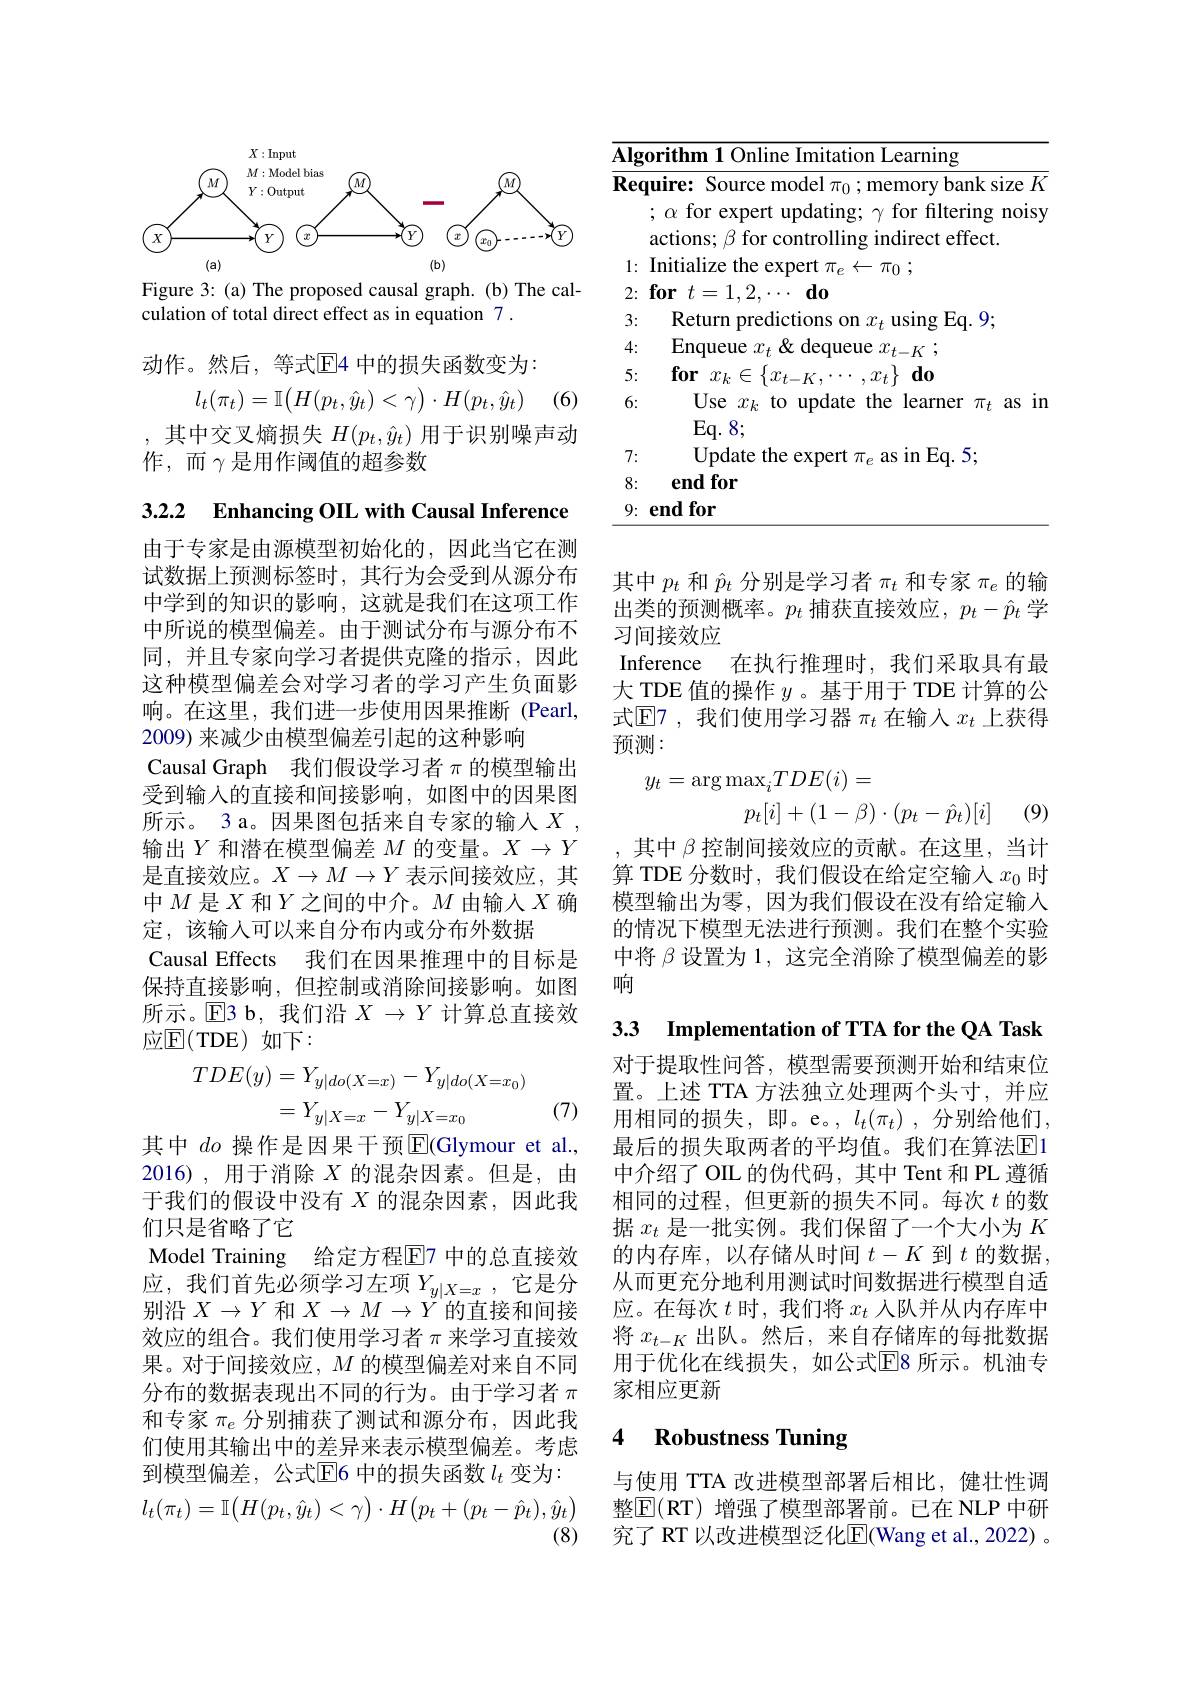
<FigureHere>
Figure 3: (a) The proposed causal graph. (b) The cal-

culation of total direct effect as in equation 7 .

动作。然后，等式$\overline{\mathrm{E}}$4 中的损失函数变为：

1 (6)
$$l_t(\pi_t)=\mathbb{I}\bigl(H(p_t,\hat{y}_t)<\gamma\bigr)\cdot H(p_t,\hat{y}_t)$$
,其中交叉熵损失$H(p_t,\hat{y}_t)$用于识别噪声动
作，而$\gamma$是用作阈值的超参数

3.2.2 Enhancing OIL with Causal Inference

由于专家是由源模型初始化的，因此当它在测试数据上预测标签时，其行为会受到从源分布中学到的知识的影响，这就是我们在这项工作中所说的模型偏差。由于测试分布与源分布不同，并且专家向学习者提供克隆的指示，因此这种模型偏差会对学习者的学习产生负面影响。在这里，我们进一步使用因果推断(Pearl, 2009) 来减少由模型偏差引起的这种影响
Causal Graph 我们假设学习者$\pi$的模型输出受到输入的直接和间接影响，如图中的因果图所示。3 a。因果图包括来自专家的输人$X$ 输出$Y$和潜在模型偏差$M$的变量。$X\to Y$ 是直接效应。$X\to M\to Y$表示间接效应，其中$M$ 是$X$ 和$Y$之间的中介。$M$ 由输入 $X$ 确定，该输入可以来自分布内或分布外数据
Causal Effects 我们在因果推理中的目标是保持直接影响，但控制或消除间接影响。如图所示。回3 b, 我们沿$X\to Y$计算总直接效应$\mathbb{E}($TDE)如下：
$$\begin{aligned}TDE(y)&=Y_{y|do(X=x)}-Y_{y|do(X=x_{0})}\\&=Y_{y|X=x}-Y_{y|X=x_{0}}\\\end{aligned}$$
(7)

其中 $do$ 操作是因果干预$\boxed{\mathrm{F}}($Glymour et al., 2016),用于消除$X$的混杂因素。但是，由于我们的假设中没有$X$的混杂因素，因此我们只是省略了它
Model Training 给定方程$\mathbb{E}$7 中的总直接效应，我们首先必须学习左项$Y_y|X=x$ ,它是分别沿$X\to Y$和$X\to M\to Y^{\prime}$的直接和间接效应的组合。我们使用学习者$\pi$来学习直接效果。对于间接效应，$M$的模型偏差对来自不同分布的数据表现出不同的行为。由于学习者$\pi$ 和专家$\pi_e$分别捕获了测试和源分布，因此我们使用其输出中的差异来表示模型偏差。考虑到模型偏差，公式$\overline{\mathrm{E}}$6 中的损失函数 $l_t$ 变为：
$$l_t(\pi_t)=\mathbb{I}\big(H(p_t,\hat{y}_t)<\gamma\big)\cdot H\big(p_t+(p_t-\hat{p}_t),\hat{y}_t\big)$$
(8)

<table>
	<tbody>
		<tr>
			<td>$\overline{\mathbf{\Lambda lg}}$</td>
			<td>orithm 1 Online Imitation Learning</td>
		</tr>
		<tr>
			<td>$\underline{\mathbf{Alg}}$ Req</td>
			<td>orithm 1 Online Imitation Learning $\textbf{quire: Source model }\pi _{0};$memory bank size $K$ $;\alpha$ for expert updating; $\gamma$ for filtering noisy actions; $\beta$ for controlling indirect effect</td>
		</tr>
		<tr>
			<td>$T.$ 5</td>
			<td> </td>
		</tr>
		<tr>
			<td>w 6:</td>
			<td>Use $x_{k}$ to update the learner $\pi_{t}$ as ir</td>
		</tr>
		<tr>
			<td>9: T 1 A</td>
			<td>$\mathbf{endfor}$</td>
		</tr>
	</tbody>
</table>

其中$p_t$和$\hat{p}_t$分别是学习者$\pi_t$和专家$\pi_e$的输出类的预测概率。$p_t$捕获直接效应$,p_t-\hat{p}_t$学习间接效应
Inference 在执行推理时，我们采取具有最大 TDE 值的操作$y$ 。基于用于 TDE 计算的公式$\mathbb{E}$7,我们使用学习器$\pi_t$在输入$x_t$上获得预测：
$$\begin{aligned}y_{t}&=\arg\max_{i}TDE(i)=\\&p_{t}[i]+(1-\beta)\cdot(p_{t}-\hat{p}_{t})[i]\end{aligned}$$
,其中$\beta$控制间接效应的贡献。在这里，当计算 TDE 分数时，我们假设在给定空输入$x_0$时模型输出为零，因为我们假设在没有给定输入的情况下模型无法进行预测。我们在整个实验中将$\beta$设置为 1, 这完全消除了模型偏差的影响

3.3 Implementation of TTA for the QA Task

对于提取性问答，模型需要预测开始和结束位置。上述 TTA 方法独立处理两个头寸，并应用相同的损失，即。e。$,l_t(\pi_t)$,分别给他们， 最后的损失取两者的平均值。我们在算法$\overline{\mathrm{E}}$1中介绍了 OIL 的伪代码，其中 Tent 和 PL 遵循相同的过程，但更新的损失不同。每次$t$的数据$x_t$是一批实例。我们保留了一个大小为$K$ 的内存库，以存储从时间$t-K$到$t$的数据从而更充分地利用测试时间数据进行模型自适应。在每次$t$时，我们将$x_t$人队并从内存库中将$x_{t-K}$出队。然后，来自存储库的每批数据用于优化在线损失，如公式$\mathbb{E}$8 所示。机油专家相应更新

# 4 Robustness Tuning

与使用 TTA 改进模型部署后相比，健壮性调整$\boxed{\mathrm{E}}($RT)增强了模型部署前。已在 NLP 中研究了 RT 以改进模型泛化$\overline{\mathrm{E}}($Wang et al., 2022) 。